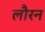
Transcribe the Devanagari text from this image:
लौरन